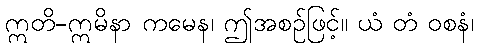
ဣတိ-ဣမိနာ ကမေန၊ ဤအစဉ်ဖြင့်။ ယံ တံ ဝစနံ၊